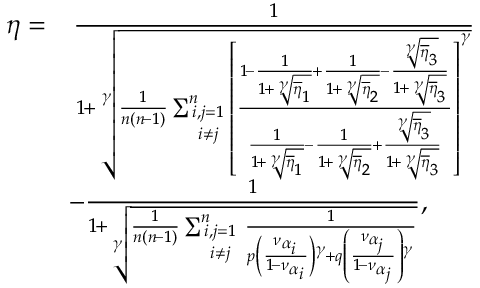
\begin{array} { r l } { \eta = } & { \frac { 1 } { 1 \! + \sqrt [ \gamma ] { \frac { 1 } { n ( n \! - 1 ) } \sum _ { i , j = 1 \atop i \neq j } ^ { n } \left[ \frac { 1 \! - \frac { 1 } { 1 \! + \sqrt [ \gamma ] { \overline { { \eta } } _ { 1 } } } \! + \frac { 1 } { 1 \! + \sqrt [ \gamma ] { \overline { { \eta } } _ { 2 } } } \! - \frac { \sqrt [ \gamma ] { \overline { { \eta } } _ { 3 } } } { 1 \! + \sqrt [ \gamma ] { \overline { { \eta } } _ { 3 } } } } { \frac { 1 } { 1 \! + \sqrt [ \gamma ] { \overline { { \eta } } _ { 1 } } } \! - \frac { 1 } { 1 \! + \sqrt [ \gamma ] { \overline { { \eta } } _ { 2 } } } \! + \frac { \sqrt [ \gamma ] { \overline { { \eta } } _ { 3 } } } { 1 \! + \sqrt [ \gamma ] { \overline { { \eta } } _ { 3 } } } } \right] ^ { \gamma } } } } \\ & { \! - \frac { 1 } { 1 \! + \sqrt [ \gamma ] { \frac { 1 } { n ( n \! - 1 ) } \sum _ { i , j = 1 \atop i \neq j } ^ { n } \frac { 1 } { p \left( \frac { \nu _ { \alpha _ { i } } } { 1 \! - \nu _ { \alpha _ { i } } } \right) { ^ { \gamma } } \! + q \left( \frac { \nu _ { \alpha _ { j } } } { 1 \! - \nu _ { \alpha _ { j } } } \right) { ^ { \gamma } } } } } , } \end{array}